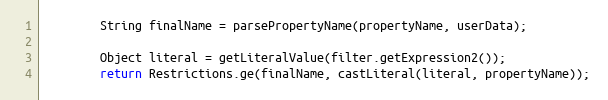
Language: Java
		String finalName = parsePropertyName(propertyName, userData);

		Object literal = getLiteralValue(filter.getExpression2());
		return Restrictions.ge(finalName, castLiteral(literal, propertyName));